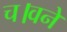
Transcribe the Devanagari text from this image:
च।वने